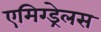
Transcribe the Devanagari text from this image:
एमिग्ड्रेलस